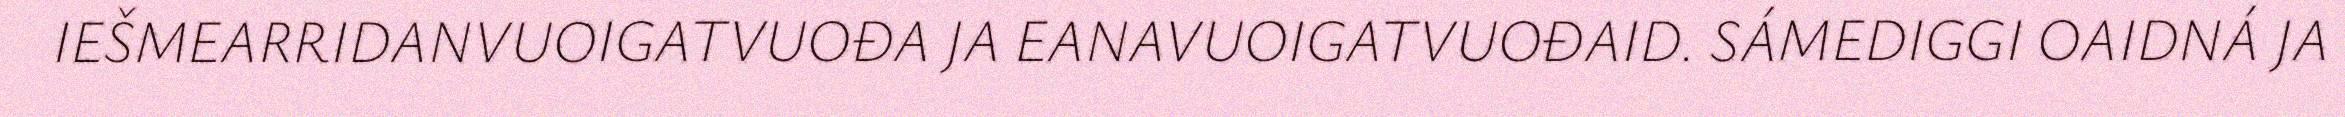
IEŠMEARRIDANVUOIGATVUOĐA JA EANAVUOIGATVUOĐAID. SÁMEDIGGI OAIDNÁ JA